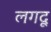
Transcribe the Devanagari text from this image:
लगदू